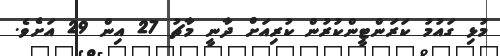
މުޅި ގައުމު ކަރަންޓީންކުރުން ކުރިއަށް ދާނީ މާޗު 27 އިން 29 އަށެވެ.